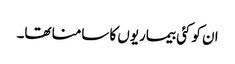
ان کو کئی بیماریوں کا سامنا تھا۔